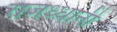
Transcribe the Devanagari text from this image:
राजध्धानी